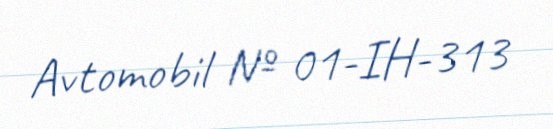
Avtomobil № 01-IH-313